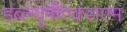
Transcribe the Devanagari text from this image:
डब्ल्यूपीएक्सएम